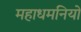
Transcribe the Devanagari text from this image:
महाधमनियों